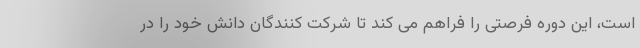
است، این دوره فرصتی را فراهم می کند تا شرکت کنندگان دانش خود را در